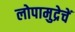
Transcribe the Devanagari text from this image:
लोपामुद्रेचें